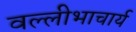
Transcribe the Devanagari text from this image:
वल्लीभाचार्य